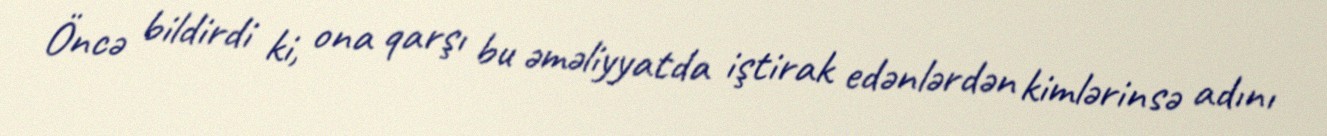
Öncə bildirdi ki, ona qarşı bu əməliyyatda iştirak edənlərdən kimlərinsə adını